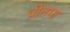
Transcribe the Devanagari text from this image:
प्रीतमा